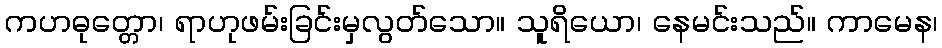
ကဟဓုတ္တော၊ ရာဟုဖမ်းခြင်းမှလွတ်သော။ သူရိယော၊ နေမင်းသည်။ ကာမေန၊